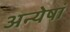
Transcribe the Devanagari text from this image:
अन्येषां